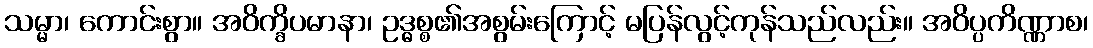
သမ္မာ၊ ကောင်းစွာ။ အဝိက္ခိပမာနာ၊ ဥဒ္ဓစ္စ၏အစွမ်းကြောင့် မပြန်လွင့်ကုန်သည်လည်း။ အဝိပ္ပကိဏ္ဏာစ၊